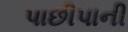
પાછીપાની